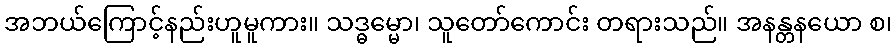
အဘယ်ကြောင့်နည်းဟူမူကား။ သဒ္ဓမ္မော၊ သူတော်ကောင်း တရားသည်။ အနန္တနယော စ၊